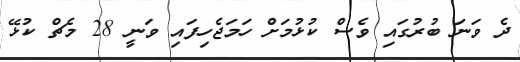
ދެ ވަނަ ބުރުގައި ވެސް ކުޅުމަށް ހަމަޖެހިފައި ވަނީ 28 މެޗް ކުޅޭ